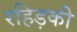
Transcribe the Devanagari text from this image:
रहिड़की